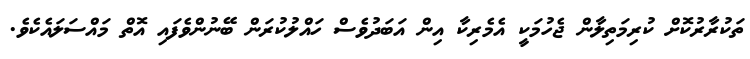
ތަކުރާރުކޮށް ކުރިމަތިލާން ޖެހުމަކީ އެމެރިކާ އިން އަބަދުވެސް ހައްލުކުރަން ބޭނުންވެފައި އޮތް މައްސަލައެކެވެ.